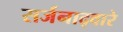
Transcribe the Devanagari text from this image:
सर्जनाद्वारे